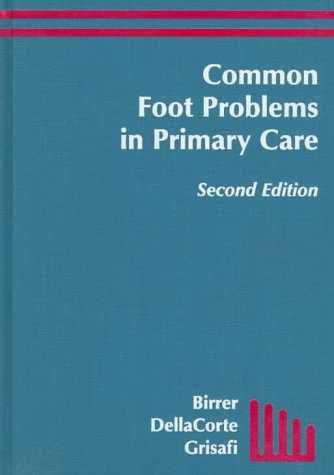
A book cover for Common Foot Problems in Primary Care, 2e; Richard B. Birrer MD  FAAFP  FACP; Medical Books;